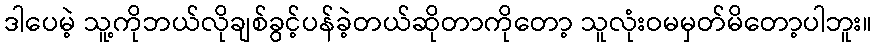
ဒါပေမဲ့ သူ့ကိုဘယ်လိုချစ်ခွင့်ပန်ခဲ့တယ်ဆိုတာကိုတော့ သူလုံးဝမမှတ်မိတော့ပါဘူး။